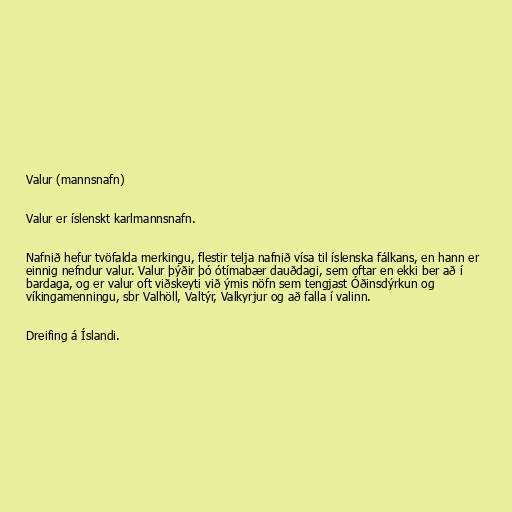
Valur (mannsnafn)

Valur er íslenskt karlmannsnafn.

Nafnið hefur tvöfalda merkingu, flestir telja nafnið vísa til íslenska fálkans, en hann er
einnig nefndur valur. Valur þýðir þó ótímabær dauðdagi, sem oftar en ekki ber að í
bardaga, og er valur oft viðskeyti við ýmis nöfn sem tengjast Óðinsdýrkun og
víkingamenningu, sbr Valhöll, Valtýr, Valkyrjur og að falla í valinn.

Dreifing á Íslandi.